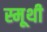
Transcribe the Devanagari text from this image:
स्मूथी